Report on the cultivation and use of ganja
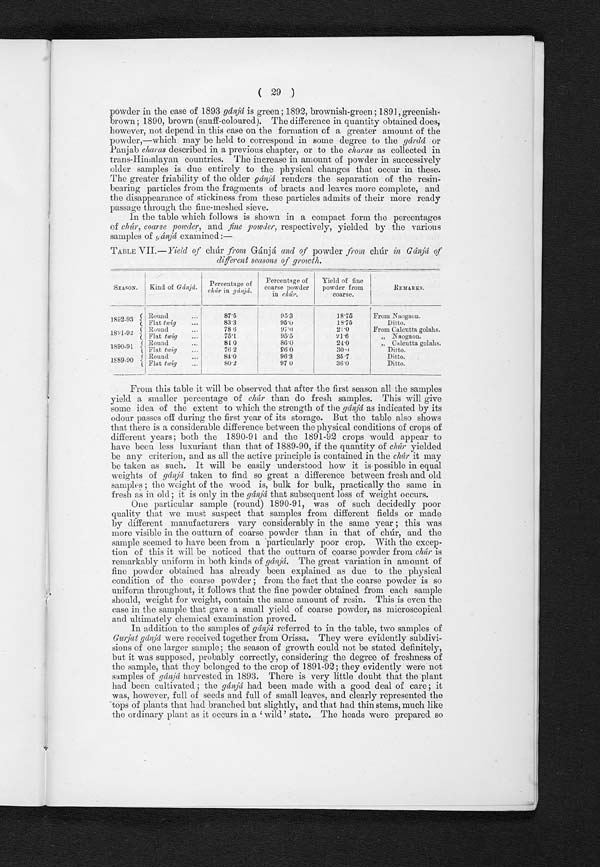
( 29 )
powder in the case of 1893 gánjá is green; 1892, brownish-green ; 1891, greenish
-brown ; 1890, brown (snuff-coloured). The difference in quantity obtained does,
however, not depend in this case on the formation of a greater amount of the
powder,—which may be held to correspond in some degree to the g árdá or
Panjab charas described in a previous chapter, or to the charas as collected in
trans-Himalayan countries. The increase in amount of powder in successively
older samples is due entirely to the physical changes that occur in these.
The greater friability of the older gánjá renders the separation of the resin
-bearing particles from the fragments of bracts and leaves more complete, and
the disappearance of stickiness from these particles admits of their more ready
passage through the fine-meshed sieve.
In the table which follows is shown in a compact form the percentages
of chúr, coarse powder, and fine powder, respectively, yielded by the various
samples of gánjá examined:—
TABLE VII .—Yield of chúr from Gánjá, and of powder from chúr in Gánjá of
different seasons of growth.
SEASON
Kind of Gánjá. Percentage of
chúr in gánjá.
Percentage of
coarse powder
in chúr.
Yield of fine
powder from
coarse.
R e m a r k s .
1892-93
Round . . .
87.5
95.3
18.75
From Naogaon.
Flat twig . . .
83.3
95.0
18.75
Ditto.
1 8 9 1 - 9 2 Round . . .
7 8 6
97.0
21.0
From Calcutta golahs.
Flat tw ig
...
75.1
95.5
21.6
„ Naogaon.
1890-91
Round . . .
81.0
8 6 . 0
24.0
„ Calcutta golahs.
Flat twig
76.2
96.0
30.0
Ditto.
1889-90
Round
84 . 0
96.3
35.7
Ditto.
Flat twig
80.2
97 0
36.0
Ditto.
From this table it will be observed that after the first season all the samples
yield a smaller percentage of chúr than do fresh samples. This will give
some idea of the extent to which the strength of the gánjá as indicated by its
odour passes off during the first year of its storage. But the table also shows
that there is a considerable difference between the physical conditions of crops of
different years; both the 1890-91 and the 1891-92 crops would appear to
have been less luxuriant than that of 1889-90, if the quantity of chúr yielded
be any criterion, and as all the active principle is contained in the chúr it may
be taken as such. It will be easily understood how it is possible in equal
weights of gánjá taken to find so great a difference between fresh and old
samples ; the weight of the wood is, bulk for bulk, practically the same in
fresh as in old; it is only in the gánjá that subsequent loss of weight occurs.
One particular sample (round) 1890-91, was
of such decidedly poor
quality that we must suspect that samples from different fields or made
by different manufacturers vary considerably in the same year ; this was
more visible in the outturn of coarse powder than in that of chúr, and the
sample seemed to have been from a particularly poor crop. With the excep-
- t i o n o f t h i s i t w i l l b e n o t i c e d t h a t t h e o u t t u r n o f c o a r s e p o w d e r f r o mc
h ú r
i s
remarkably uniform in both kinds of gánjá. The great variation in amount of
fine powder obtained has already been explained as due to the physical
condition of the coarse powder ; from the fact that the coarse powder is so
uniform throughout, it follows that the fine powder obtained from each sample
should, weight for weight, contain the same amount of resin. This is even the
case in the sample that gave a small yield of coarse powder, as microscopical
and ultimately chemical examination proved.
In addition to the samples of gánjá referred to in the table, two samples of
Gurjat gánjá were received together from Orissa. They were evidently subdivi-
- s i o n s o f o n e l a r g e r s a m p l e ; t h e s e a s o n o f g r o w t h c o u l d n o t b e s t a t e d d e f i n i t e l y ,
but it was supposed, probably correctly, considering the degree of freshness of
the sample, that they belonged to the crop of 1891-92 ; they evidently were not
samples of gánjá harvested in 1893. There is very little doubt that the plant
had been cultivated ; the
gá nj áh a d b e e n m a d e w i t h a g o o d d e a l o f c a r e ; i t
was, however, full of seeds and full of small leaves, and clearly represented the
tops of plants that had branched but slightly, and that had thin stems, much like
the ordinary plant as it occurs in a ' wild' state. The heads were prepared so